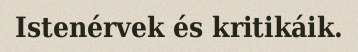
Istenérvek és kritikáik.